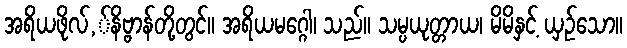
အရိယဖိုလ်,်နိဗ္ဗာန်တို့တွင်။ အရိယမဂ္ဂေါ၊ သည်။ သမ္ပယုတ္တာယ၊ မိမိနှင့် ယှဉ်သော။